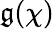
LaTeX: \mathfrak{g}(\chi)